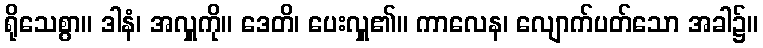
ရိုသေစွာ။ ဒါနံ၊ အလှူကို။ ဒေတိ၊ ပေးလှူ၏။ ကာလေန၊ လျောက်ပတ်သော အခါ၌။